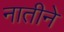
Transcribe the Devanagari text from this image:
नातीने